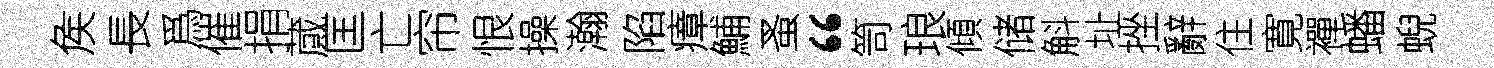
矦長爲催捐蕆匡亡帘恨操瀚陷瘴鯆蚤“笥琅傾储斛址挫辭住寛襌蟠蜺